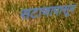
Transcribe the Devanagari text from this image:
सटाणापासून